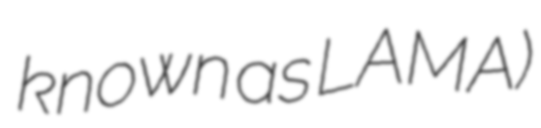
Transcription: known as LAMA)